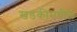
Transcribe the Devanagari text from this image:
खडकीमधील